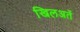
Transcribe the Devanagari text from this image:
खिलअतें